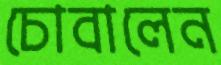
চোবালেন